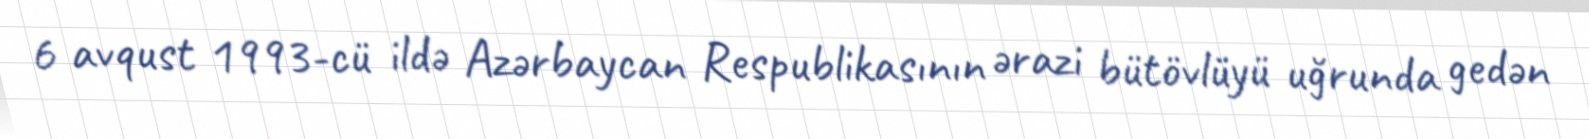
6 avqust 1993-cü ildə Azərbaycan Respublikasının ərazi bütövlüyü uğrunda gedən